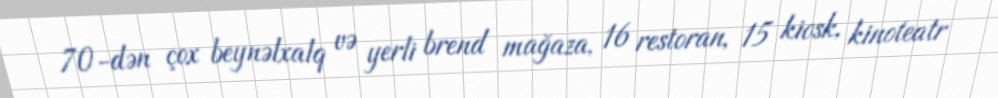
70-dən çox beynəlxalq və yerli brend mağaza, 16 restoran, 15 kiosk, kinoteatr